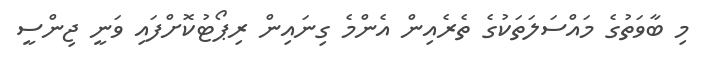
މި ބާވަތުގެ މައްސަލަތަކުގެ ތެރެއިން އެންމެ ގިނައިން ރިޕޯޓުކޮށްފައި ވަނީ ޖިންސީ